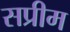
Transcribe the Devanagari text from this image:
सप्रीम